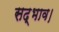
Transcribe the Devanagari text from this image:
सद्भाव।